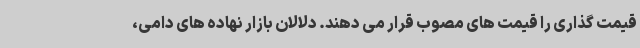
قیمت گذاری را قیمت های مصوب قرار می دهند. دلالان بازار نهاده های دامی،